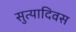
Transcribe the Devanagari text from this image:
सुत्यादिवस